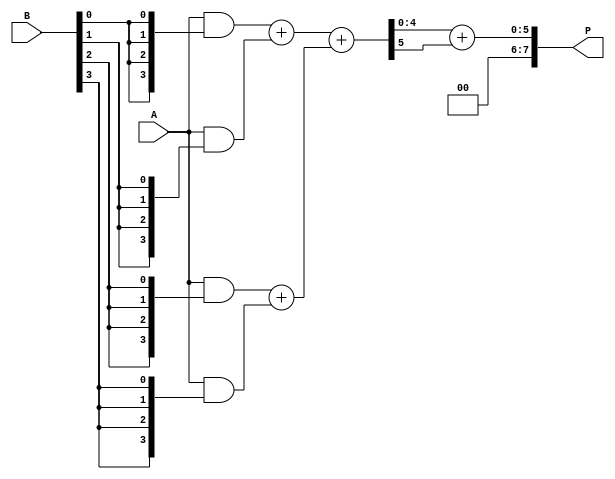
module wallace_tree_multiplier(
    input  [3:0] A,  // 4-bit input A
    input  [3:0] B,  // 4-bit input B
    output [7:0] P   // 8-bit output product
);

// Intermediate signals for partial products
wire [3:0] pp[0:3]; // partial products

// Partial product generation
assign pp[0] = A & {4{B[0]}}; // A * B[0]
assign pp[1] = A & {4{B[1]}}; // A * B[1]
assign pp[2] = A & {4{B[2]}}; // A * B[2]
assign pp[3] = A & {4{B[3]}}; // A * B[3]

// Stage 1 of Wallace Tree Reduction
wire [4:0] stage1_sum[0:2]; // to hold stage 1 results
wire [3:0] stage1_carry[0:2];

// Full adders for reduction
assign {stage1_carry[0], stage1_sum[0]} = pp[0] + pp[1]; // Add pp[0] and pp[1]
assign {stage1_carry[1], stage1_sum[1]} = pp[2] + pp[3]; // Add pp[2] and pp[3]

// Stage 2 of Wallace Tree Reduction
wire [4:0] stage2_sum;
wire stage2_carry;

// Full adder for final reduction
assign {stage2_carry, stage2_sum} = stage1_sum[0] + stage1_sum[1];

// Final Summation
// Now we need to add carry from stage 1 with the result from stage 2 
assign P = stage2_sum + stage2_carry; // Final product

endmodule